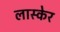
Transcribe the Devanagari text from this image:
लास्केर